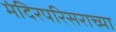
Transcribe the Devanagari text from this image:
मंदिरपरिसराच्या